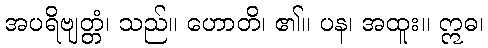
အပရိဗျတ္တံ၊ သည်။ ဟောတိ၊ ၏။ ပန၊ အထူး။ ဣဓ၊